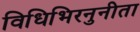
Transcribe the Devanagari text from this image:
विधिभिरनुनीता